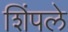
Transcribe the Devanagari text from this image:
शिंपले